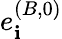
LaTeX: e_{\mathbf{i}}^{(B,0)}